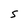
Character: S